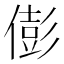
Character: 𠎎